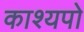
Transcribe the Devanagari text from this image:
काश्यपो